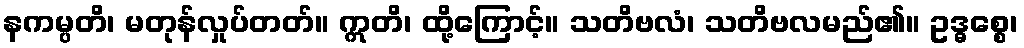
နကမ္ပတိ၊ မတုန်လှုပ်တတ်။ ဣတိ၊ ထို့ကြောင့်။ သတိဗလံ၊ သတိဗလမည်၏။ ဥဒ္ဓစ္စေ၊